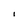
Character: 1